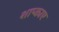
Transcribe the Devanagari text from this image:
शाप्काए